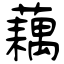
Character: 藕